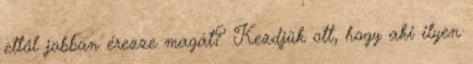
ettől jobban érezze magát? Kezdjük ott, hogy aki ilyen